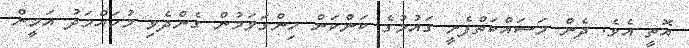
އޮތީ އެވެ. ދެން މަސައްކަތްފެށީ ގައުމުގެ ކަންކަން ހިންގަވަމުން ގެންދެވި މުހައްމަދު އަމީން